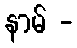
နာမ် -